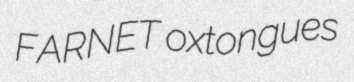
FARNET oxtongues